Source: Handwritten
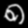
Digit: ၈ (8)